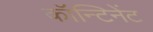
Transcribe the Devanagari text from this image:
कॉन्टिनेंट